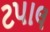
ટપાલ